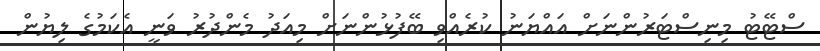
ސްޓޭޓު މިނިސްޓަރުންނަށް އައްޔަނު ކުރެއްވި ބޭފުޅުންނަށް މިއަދު މެންދުރު ވަނީ އެކަމުގެ ލިޔުން